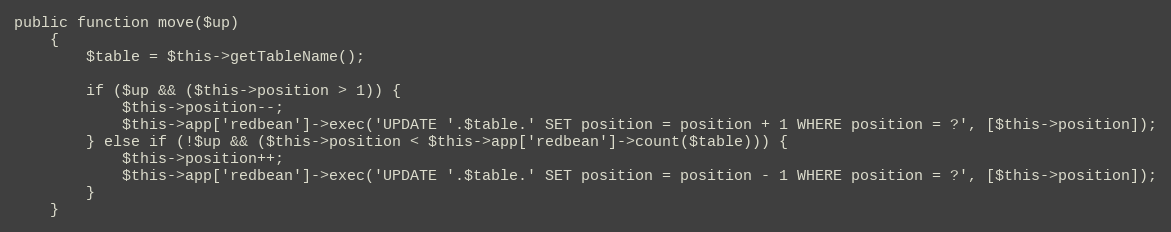
Language: PHP
public function move($up)
    {
        $table = $this->getTableName();

        if ($up && ($this->position > 1)) {
            $this->position--;
            $this->app['redbean']->exec('UPDATE '.$table.' SET position = position + 1 WHERE position = ?', [$this->position]);
        } else if (!$up && ($this->position < $this->app['redbean']->count($table))) {
            $this->position++;
            $this->app['redbean']->exec('UPDATE '.$table.' SET position = position - 1 WHERE position = ?', [$this->position]);
        }
    }